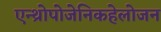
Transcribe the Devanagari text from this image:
एन्थ्रोपोजेनिकहेलोजन